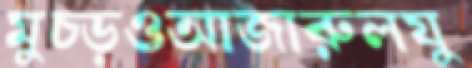
মুচ্‌ড়ওআজারুলযু